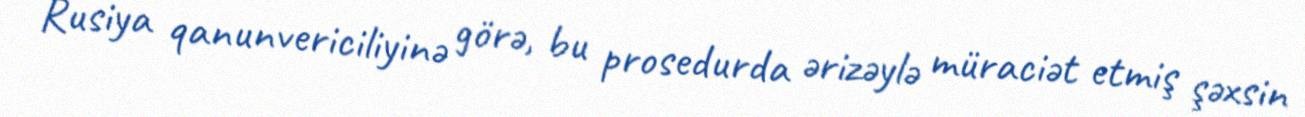
Rusiya qanunvericiliyinə görə, bu prosedurda ərizəylə müraciət etmiş şəxsin